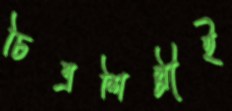
চিত্রশিল্পীই